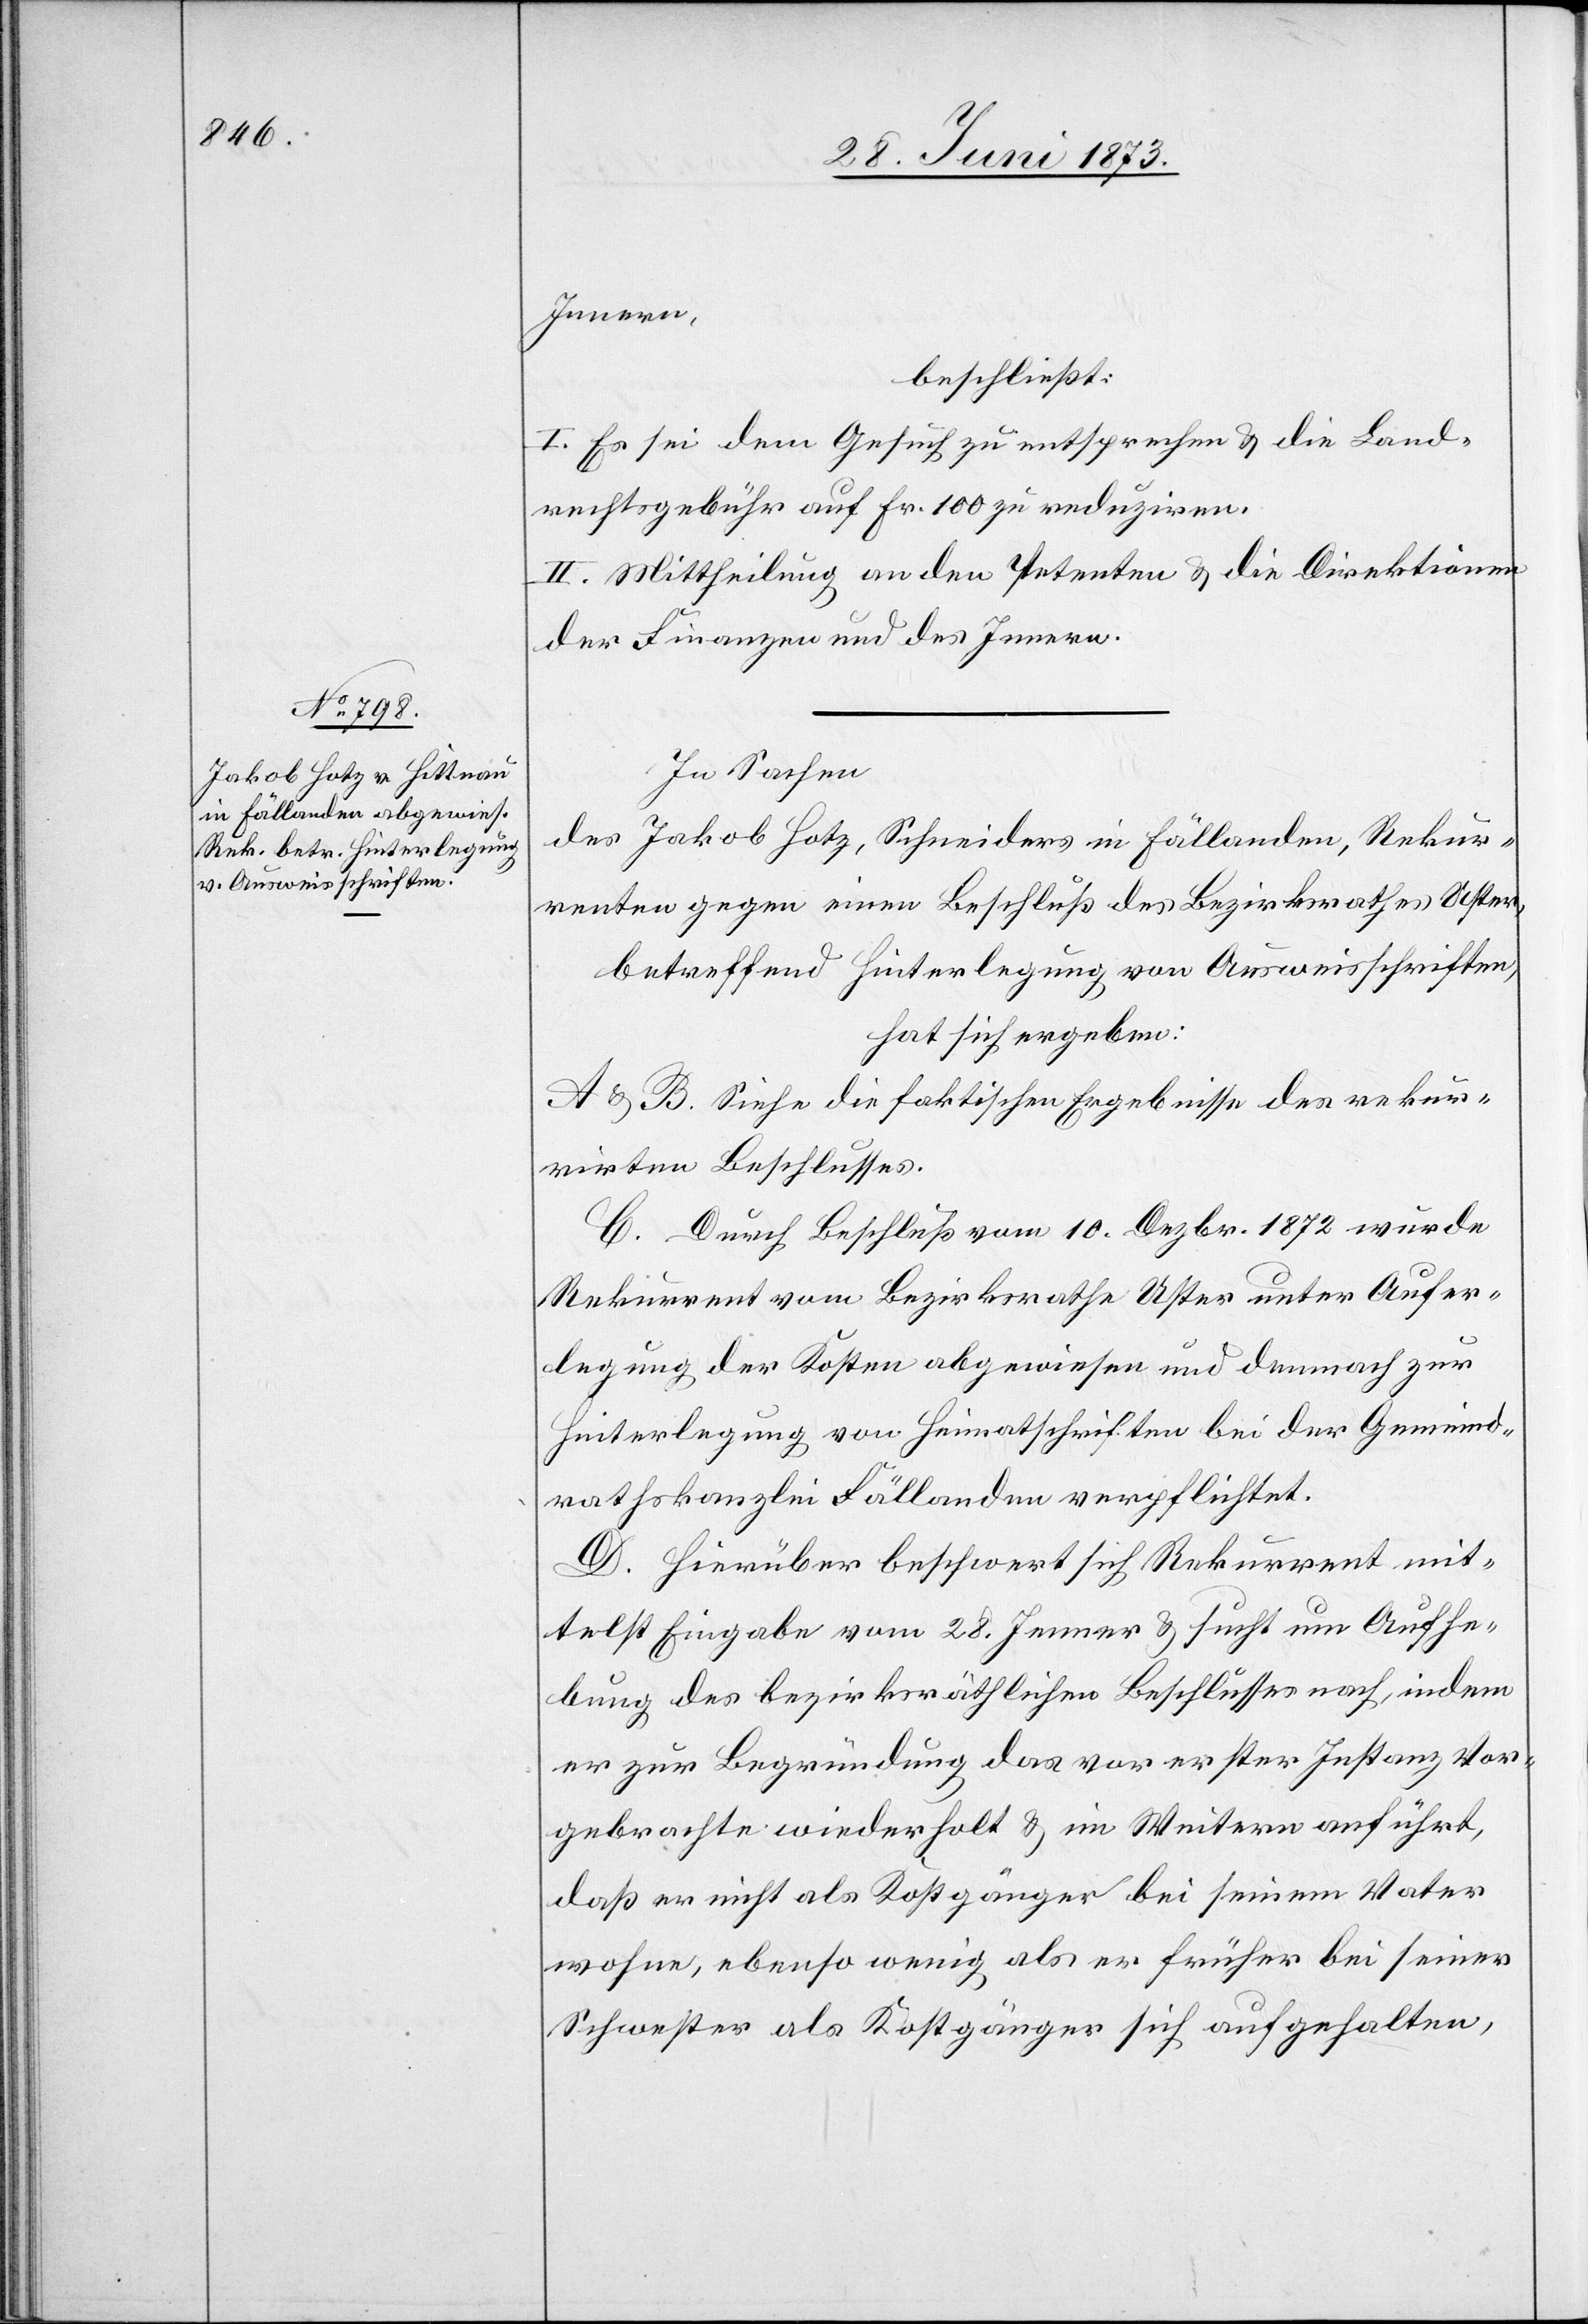
Innern,
beschließt:
I. Es sei dem Gesuch zu entsprechen & die Land¬
rechtsgebühr auf Fr. 100 zu reduziren.
II. Mittheilung an den Petenten & die Direktionen
der Finanzen und des Innern.
In Sachen
des Jakob Hotz, Schneiders in Fällanden, Rekur¬
renten gegen einen Beschluß des Bezirksrathes Uster,
betreffend Hinterlegung von Ausweisschriften,
hat sich ergeben:
A & B. Siehe die faktischen Ergebnisse des rekur¬
rirten Beschlusses.
C. Durch Beschluß vom 10. Dezbr. 1872 wurde
Rekurrent vom Bezirksrathe Uster unter Aufer¬
legung der Kosten abgewiesen und demnach zur
Hinterlegung von Heimatschriften bei der Gemeind¬
rathskanzlei Fällanden verpflichtet.
D. Hierüber beschwert sich Rekurrent mit¬
telst Eingabe vom 28. Jenner & sucht um Aufhe¬
bung des bezirksräthlichen Beschlusses nach, indem
er zur Begründung das vor erster Instanz Vor¬
gebrachte wiederholt & im Weitern anführt,
daß er nicht als Kostgänger bei seinem Vater
wohne, ebenso wenig als er früher bei seiner
Schwester als Kostgänger sich aufgehalten,